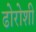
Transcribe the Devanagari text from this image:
ढोरोशी